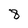
Character: 8